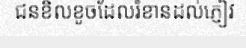
ជនខិលខូចដែលរំខានដល់ភ្ញៀវ